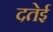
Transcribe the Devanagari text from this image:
दतेई